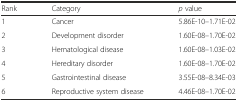
<table><thead><tr><td><b>Rank</b></td><td><b>Category</b></td><td><b><i>p</i> value</b></td></tr></thead><tbody><tr><td>1</td><td>Cancer</td><td>5.86E-10–1.71E-02</td></tr><tr><td>2</td><td>Development disorder</td><td>1.60E-08–1.70E-02</td></tr><tr><td>3</td><td>Hematological disease</td><td>1.60E-08–1.03E-02</td></tr><tr><td>4</td><td>Hereditary disorder</td><td>1.60E-08–1.70E-02</td></tr><tr><td>5</td><td>Gastrointestinal disease</td><td>3.55E-08–8.34E-03</td></tr><tr><td>6</td><td>Reproductive system disease</td><td>4.46E-08–1.70E-02</td></tr></tbody></table>